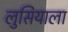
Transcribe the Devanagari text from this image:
लुसियाला